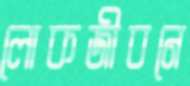
লোকজীবনে